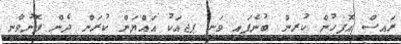
ރައީސް އޮފީހުން ކުރިން ބުނެފައި ވަނީ ޕީޖީއަކު އައްޔަން ކުރަން ދެން ފޮނުވާނީ